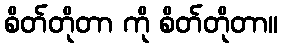
စိတ်တိုတာ ကို စိတ်တိုတာ။